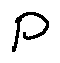
P